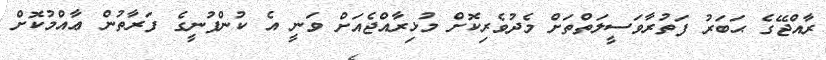
ރާއްޖޭގެ ޙަބަރު ފަތުރާވަސީލަތްތަށް މެދުވެރިކޮށް މުޅިރާއްޖެއަށް ވަނީ އެ ކުންފުނީގެ ފަރާތުން ޢާއްމުކޮށް